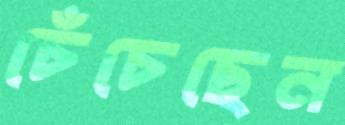
চেঁচেছেন